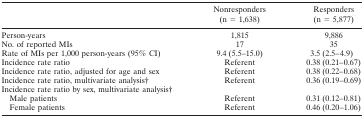
<table><thead><tr><td></td><td><b>Nonresponders (n = 1,638)</b></td><td><b>Responders (n = 5,877)</b></td></tr></thead><tbody><tr><td>Person-years</td><td>1,815</td><td>9,886</td></tr><tr><td>No. of reported MIs</td><td>17</td><td>35</td></tr><tr><td>Rate of MIs per 1,000 person-years (95% CI)</td><td>9.4 (5.5–15.0)</td><td>3.5 (2.5–4.9)</td></tr><tr><td>Incidence rate ratio</td><td>Referent</td><td>0.38 (0.21–0.67)</td></tr><tr><td>Incidence rate ratio, adjusted for age and sex</td><td>Referent</td><td>0.38 (0.22–0.68)</td></tr><tr><td>Incidence rate ratio, multivariate analysis†</td><td>Referent</td><td>0.36 (0.19–0.69)</td></tr><tr><td>Incidence rate ratio by sex, multivariate analysis†</td><td></td><td></td></tr><tr><td> Male patients</td><td>Referent</td><td>0.31 (0.12–0.81)</td></tr><tr><td> Female patients</td><td>Referent</td><td>0.46 (0.20–1.06)</td></tr></tbody></table>